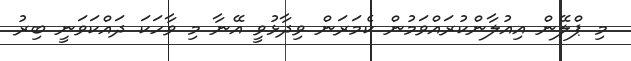
މި ޕްލޭން އިއުލާންކުރައްވަމުން ކެމަރަން ވިދާޅުވީ އޭނާ މި ވާހަކަ ދައްކަވަނީ ބިރު